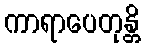
ကာရာပေတုန္တိ